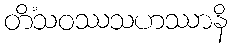
တိံသဝဿသဟဿာနိ